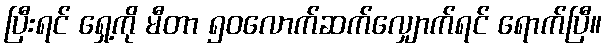
ပြီးရင် ရှေ့ကို မီတာ ၅၀လောက်ဆက်လျှောက်ရင် ရောက်ပြီ။